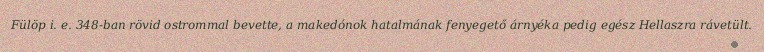
Fülöp i. e. 348-ban rövid ostrommal bevette, a makedónok hatalmának fenyegető árnyéka pedig egész Hellaszra rávetült.